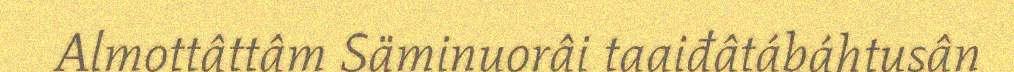
Almottâttâm Säminuorâi taaiđâtábáhtusân